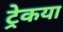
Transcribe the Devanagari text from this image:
ट्रेकया